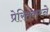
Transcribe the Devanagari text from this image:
प्रेरितकरने